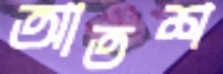
আতশ